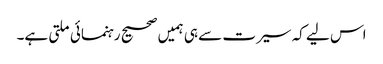
اس لیے کہ سیرت سے ہی ہمیں صحیح رہنمائی ملتی ہے۔